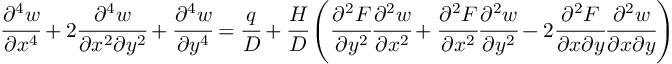
{ \cfrac { \partial ^ { 4 } w } { \partial x ^ { 4 } } } + 2 { \cfrac { \partial ^ { 4 } w } { \partial x ^ { 2 } \partial y ^ { 2 } } } + { \cfrac { \partial ^ { 4 } w } { \partial y ^ { 4 } } } = { \cfrac { q } { D } } + { \cfrac { H } { D } } \left( { \cfrac { \partial ^ { 2 } F } { \partial y ^ { 2 } } } { \cfrac { \partial ^ { 2 } w } { \partial x ^ { 2 } } } + { \cfrac { \partial ^ { 2 } F } { \partial x ^ { 2 } } } { \cfrac { \partial ^ { 2 } w } { \partial y ^ { 2 } } } - 2 { \cfrac { \partial ^ { 2 } F } { \partial x \partial y } } { \cfrac { \partial ^ { 2 } w } { \partial x \partial y } } \right)